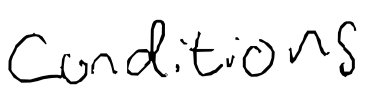
Text: conditions
Cross-out: clean
Writing tool: digital_black